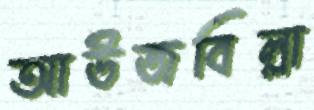
আউজবিল্লা